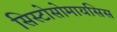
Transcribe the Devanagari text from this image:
सिस्टोसोमायसिस